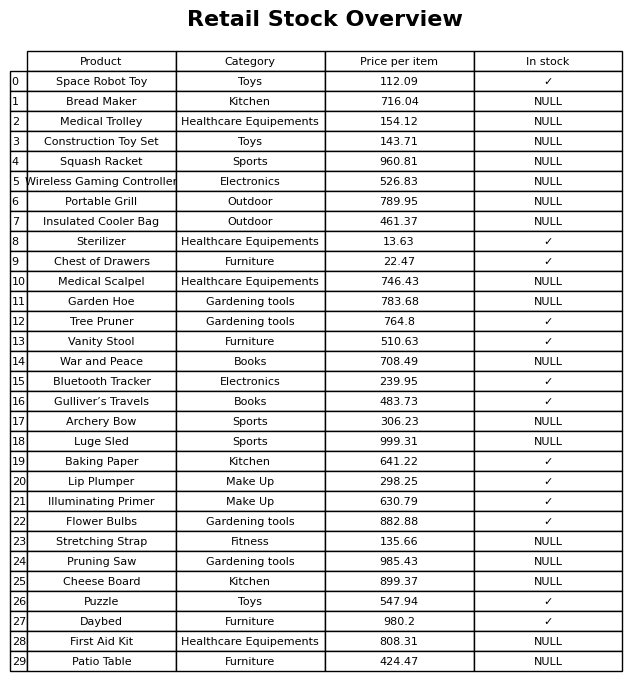
question: Is the Cheese Board in stock?
answer: NULL